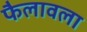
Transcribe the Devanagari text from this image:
फैलावला